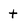
Character: t